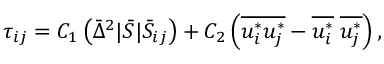
{ \tau _ { i j } } = { C _ { 1 } } \left( { { { \bar { \Delta } } ^ { 2 } } | \bar { S } | { { \bar { S } } _ { i j } } } \right) + { C _ { 2 } } \left( { \overline { { u _ { i } ^ { * } u _ { j } ^ { * } } } - \overline { { u _ { i } ^ { * } } } \; \overline { { u _ { j } ^ { * } } } } \right) ,